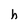
Character: h